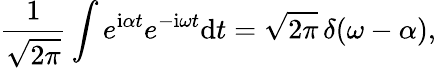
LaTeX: \frac{1}{\sqrt{2\pi}}\int e^{\mathrm{i}\alpha t}e^{-\mathrm{i}\omega t}\mathrm{d}t=\sqrt{2\pi}\, \delta(\omega-\alpha),